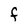
Character: F